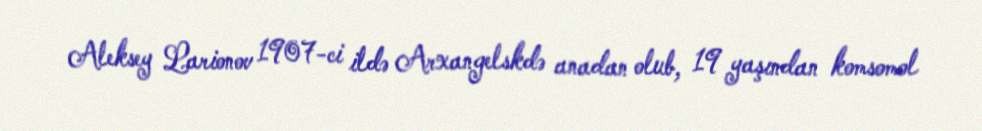
Aleksey Larionov 1907-ci ildə Arxangelskdə anadan olub, 19 yaşından komsomol